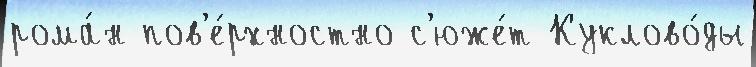
рома́н пов'е́рхностно с'юже́т Куклово́ды